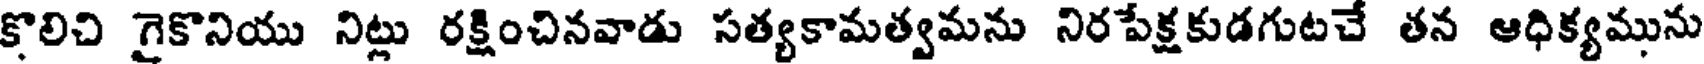
కొలిచి గైకొనియు నిట్లు రక్షించినవాడు సత్యకామత్వమను నిరపేక్షకుడగుటచే తన ఆధిక్యమును